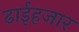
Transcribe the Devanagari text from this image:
ढाईहजार